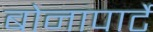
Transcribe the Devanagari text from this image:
बोनापार्टे